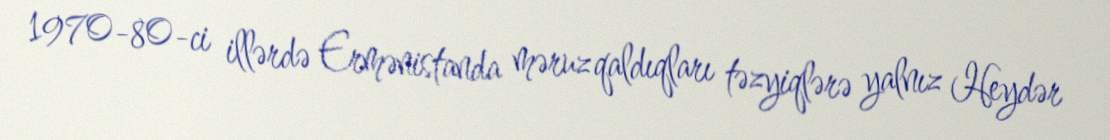
1970-80-ci illərdə Ermənistanda məruz qaldıqları təzyiqlərə yalnız Heydər